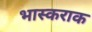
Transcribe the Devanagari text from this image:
भास्कराक